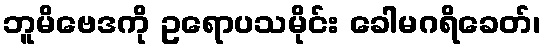
ဘူမိဗေဒကို ဥရောပသမိုင်း ခေါမဂရိခေတ်၊